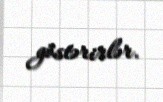
göstərirlər.